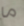
ما